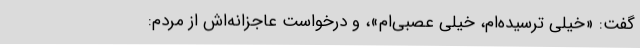
گفت: «خیلی ترسیده‌ام، خیلی عصبی‌ام»‌، و درخواست عاجزانه‌اش از مردم: